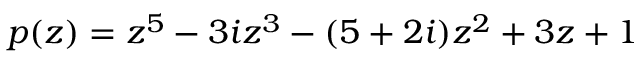
p ( z ) = z ^ { 5 } - 3 i z ^ { 3 } - ( 5 + 2 i ) z ^ { 2 } + 3 z + 1